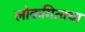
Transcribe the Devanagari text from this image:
लोकगिताचा